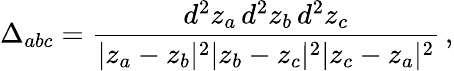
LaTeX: \Delta_{abc}={\frac{d^{2}z_{a}\, d^{2}z_{b}\, d^{2}z_{c}}{|z_{a}-z_{b}|^{2}|z_{b}-z_{c}|^{2}|z_{c}-z_{a}|^{2}}}\, ,